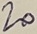
Text: 20